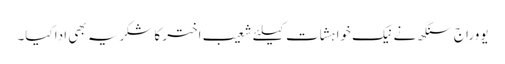
یووراج سنگھ نے نیک خواہشات کیلئے شعیب اختر کا شکریہ بھی ادا کیا۔